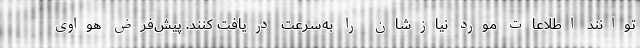
توانند اطلاعات مورد نیازشان را به‌سرعت دریافت کنند. پیش‌فرض هواوی